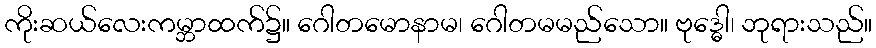
ကိုးဆယ်လေးကမ္ဘာထက်၌။ ဂေါတမောနာမ၊ ဂေါတမမည်သော။ ဗုဒ္ဓေါ၊ ဘုရားသည်။